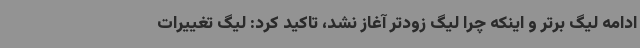
ادامه لیگ برتر و اینکه چرا لیگ زودتر آغاز نشد، تاکید کرد: لیگ تغییرات